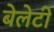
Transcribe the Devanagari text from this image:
बेलेटी